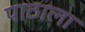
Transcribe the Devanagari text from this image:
पाठाला